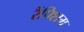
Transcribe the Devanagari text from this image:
रैंपिशम